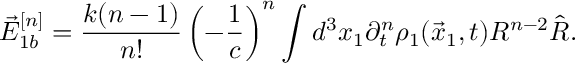
\vec { E } _ { 1 b } ^ { [ n ] } = \frac { k ( n - 1 ) } { n ! } \left( - \frac { 1 } { c } \right) ^ { n } \int d ^ { 3 } x _ { 1 } \partial _ { t } ^ { n } \rho _ { 1 } ( \vec { x } _ { 1 } , t ) R ^ { n - 2 } \hat { R } .